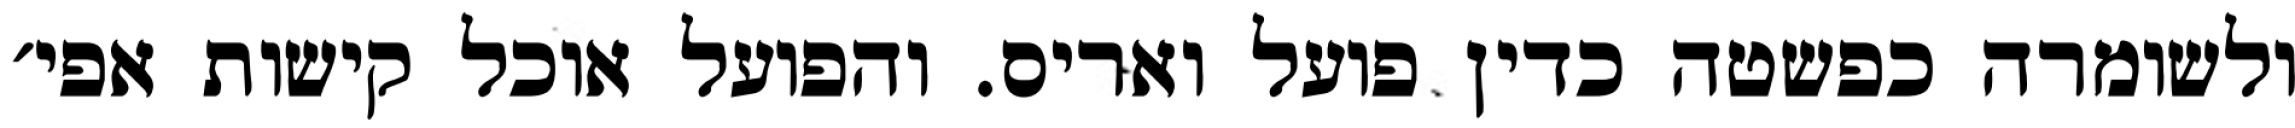
ולשומרה כפשטה כדין פועל ואריס. והפועל אוכל קישות אפי׳